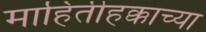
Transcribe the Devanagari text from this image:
माहितीहक्काच्या